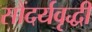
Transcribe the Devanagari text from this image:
सौंदर्यवृद्धी